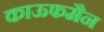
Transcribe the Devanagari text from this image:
काऊफमैन